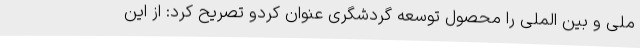
ملی و بین الملی را محصول توسعه گردشگری عنوان کردو تصریح کرد: از این